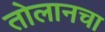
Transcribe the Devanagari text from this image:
तोलानचा